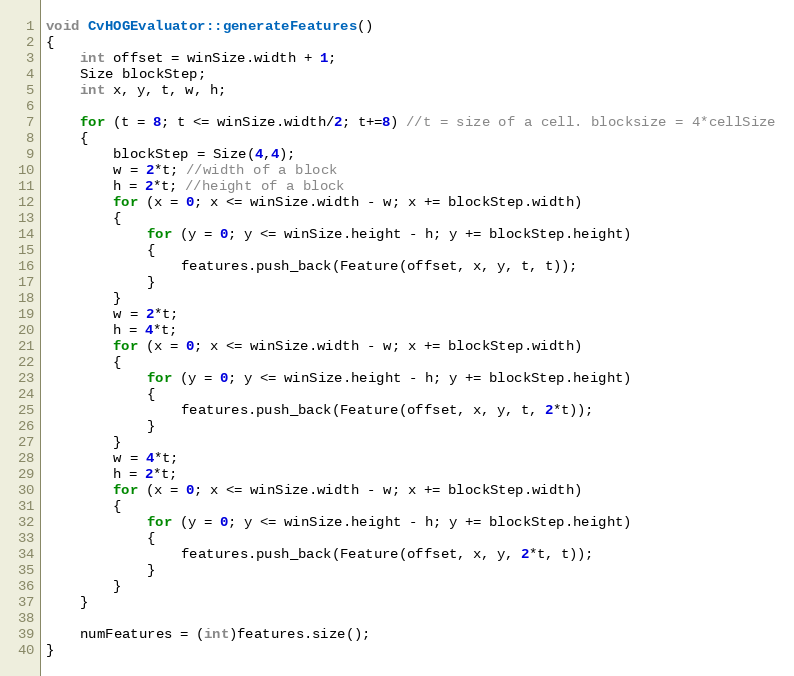
Language: C++
void CvHOGEvaluator::generateFeatures()
{
    int offset = winSize.width + 1;
    Size blockStep;
    int x, y, t, w, h;

    for (t = 8; t <= winSize.width/2; t+=8) //t = size of a cell. blocksize = 4*cellSize
    {
        blockStep = Size(4,4);
        w = 2*t; //width of a block
        h = 2*t; //height of a block
        for (x = 0; x <= winSize.width - w; x += blockStep.width)
        {
            for (y = 0; y <= winSize.height - h; y += blockStep.height)
            {
                features.push_back(Feature(offset, x, y, t, t));
            }
        }
        w = 2*t;
        h = 4*t;
        for (x = 0; x <= winSize.width - w; x += blockStep.width)
        {
            for (y = 0; y <= winSize.height - h; y += blockStep.height)
            {
                features.push_back(Feature(offset, x, y, t, 2*t));
            }
        }
        w = 4*t;
        h = 2*t;
        for (x = 0; x <= winSize.width - w; x += blockStep.width)
        {
            for (y = 0; y <= winSize.height - h; y += blockStep.height)
            {
                features.push_back(Feature(offset, x, y, 2*t, t));
            }
        }
    }

    numFeatures = (int)features.size();
}